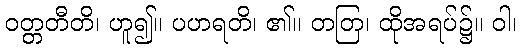
ဝတ္တတီတိ၊ ဟူ၍။ ပဟရတိ၊ ၏။ တတြ၊ ထိုအရပ်၌။ ဝါ၊